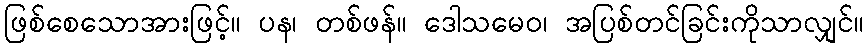
ဖြစ်စေသောအားဖြင့်။ ပန၊ တစ်ဖန်။ ဒေါသမေဝ၊ အပြစ်တင်ခြင်းကိုသာလျှင်။